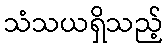
သံသယရှိသည့်